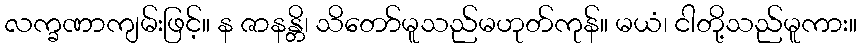
လက္ခဏာကျမ်းဖြင့်။ န ဇာနန္တိ၊ သိတော်မူသည်မဟုတ်ကုန်။ မယံ၊ ငါတို့သည်မူကား။